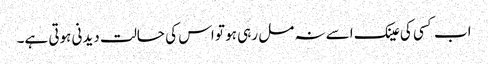
اب کسی کی عینک اسے نہ مل رہی ہو تو اس کی حالت دیدنی ہوتی ہے۔